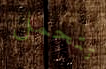
تتحمل